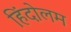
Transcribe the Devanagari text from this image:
हिंदोलम